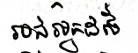
របស់អ្នកដទៃ